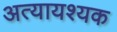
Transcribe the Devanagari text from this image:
अत्यायश्यक